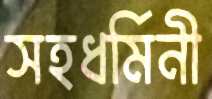
সহধর্মিনী